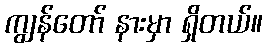
ကျွန်တော် နားမှာ ရှိတယ်။